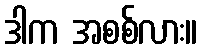
ဒါက အစစ်လား။